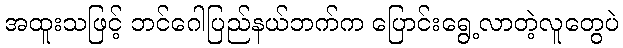
အထူးသဖြင့် ဘင်ဂေါပြည်နယ်ဘက်က ပြောင်းရွေ့လာတဲ့လူတွေပဲ